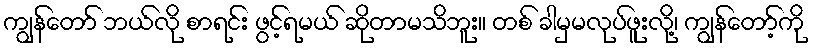
ကျွန်တော် ဘယ်လို စာရင်း ဖွင့်ရမယ် ဆိုတာမသိဘူး။ တစ် ခါမှမလုပ်ဖူးလို့၊ ကျွန်တော့်ကို